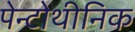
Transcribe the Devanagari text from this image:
पेन्टोथीनिक